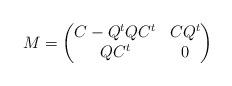
LaTeX: \begin{align*} M=\begin{pmatrix} C-Q^{t} Q C^{t} & C Q^{t} \\ Q C^{t} & 0 \end{pmatrix} \end{align*}